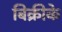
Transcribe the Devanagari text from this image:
बिक्रीके